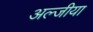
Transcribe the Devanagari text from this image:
अल्जीया